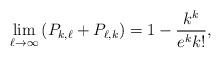
LaTeX: \begin{align*}\lim_{\ell\rightarrow\infty}\left(P_{k, \ell}+P_{\ell, k}\right) = 1-\frac{k^k}{e^k k!},\end{align*}